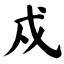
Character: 戍